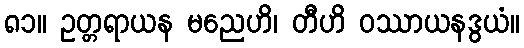
၈၁။ ဥတ္တရာယန မညေဟိ၊ တီဟိ ဝဿာယနဒွယံ။